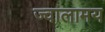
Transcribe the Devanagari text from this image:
ज्वालामय